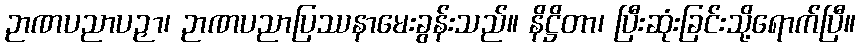
ဉာဏပညာပဉှာ၊ ဉာဏပညာပြဿနာမေးခွန်းသည်။ နိဋ္ဌိတာ၊ ပြီးဆုံးခြင်းသို့ရောက်ပြီ။